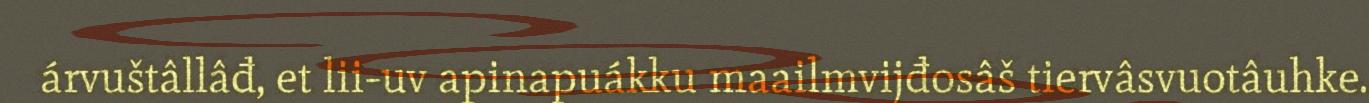
árvuštâllâđ, et lii-uv apinapuákku maailmvijđosâš tiervâsvuotâuhke.